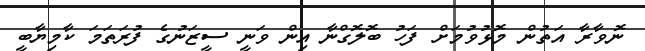
ނޮވާރާ އަތުން މޮޅުވުމަށް ފަހު ބޮލޮގްނާ އިން ވަނީ ސީޒަނުގެ ފުރަތަމަ ކާމިޔާބީ